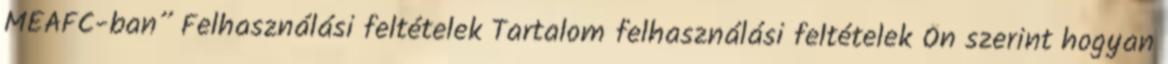
MEAFC-ban” Felhasználási feltételek Tartalom felhasználási feltételek Ön szerint hogyan